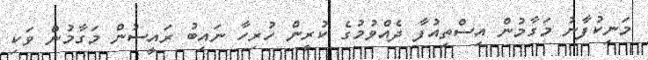
މަނިކުފާނު މަގާމުން އިސްތިއުފާ ދެއްވުމުގެ ކުރީން ހުރިހާ ނައިބު ރައީސުން މަގާމުން ވަކި